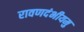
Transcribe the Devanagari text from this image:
रावणदंभीयमु